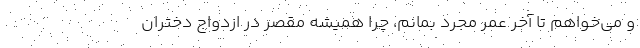
و می‌خواهم تا آخر عمر مجرد بمانم، چرا همیشه مقصر در ازدواج دختران